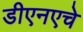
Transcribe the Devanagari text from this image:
डीएनएचे